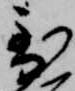
到